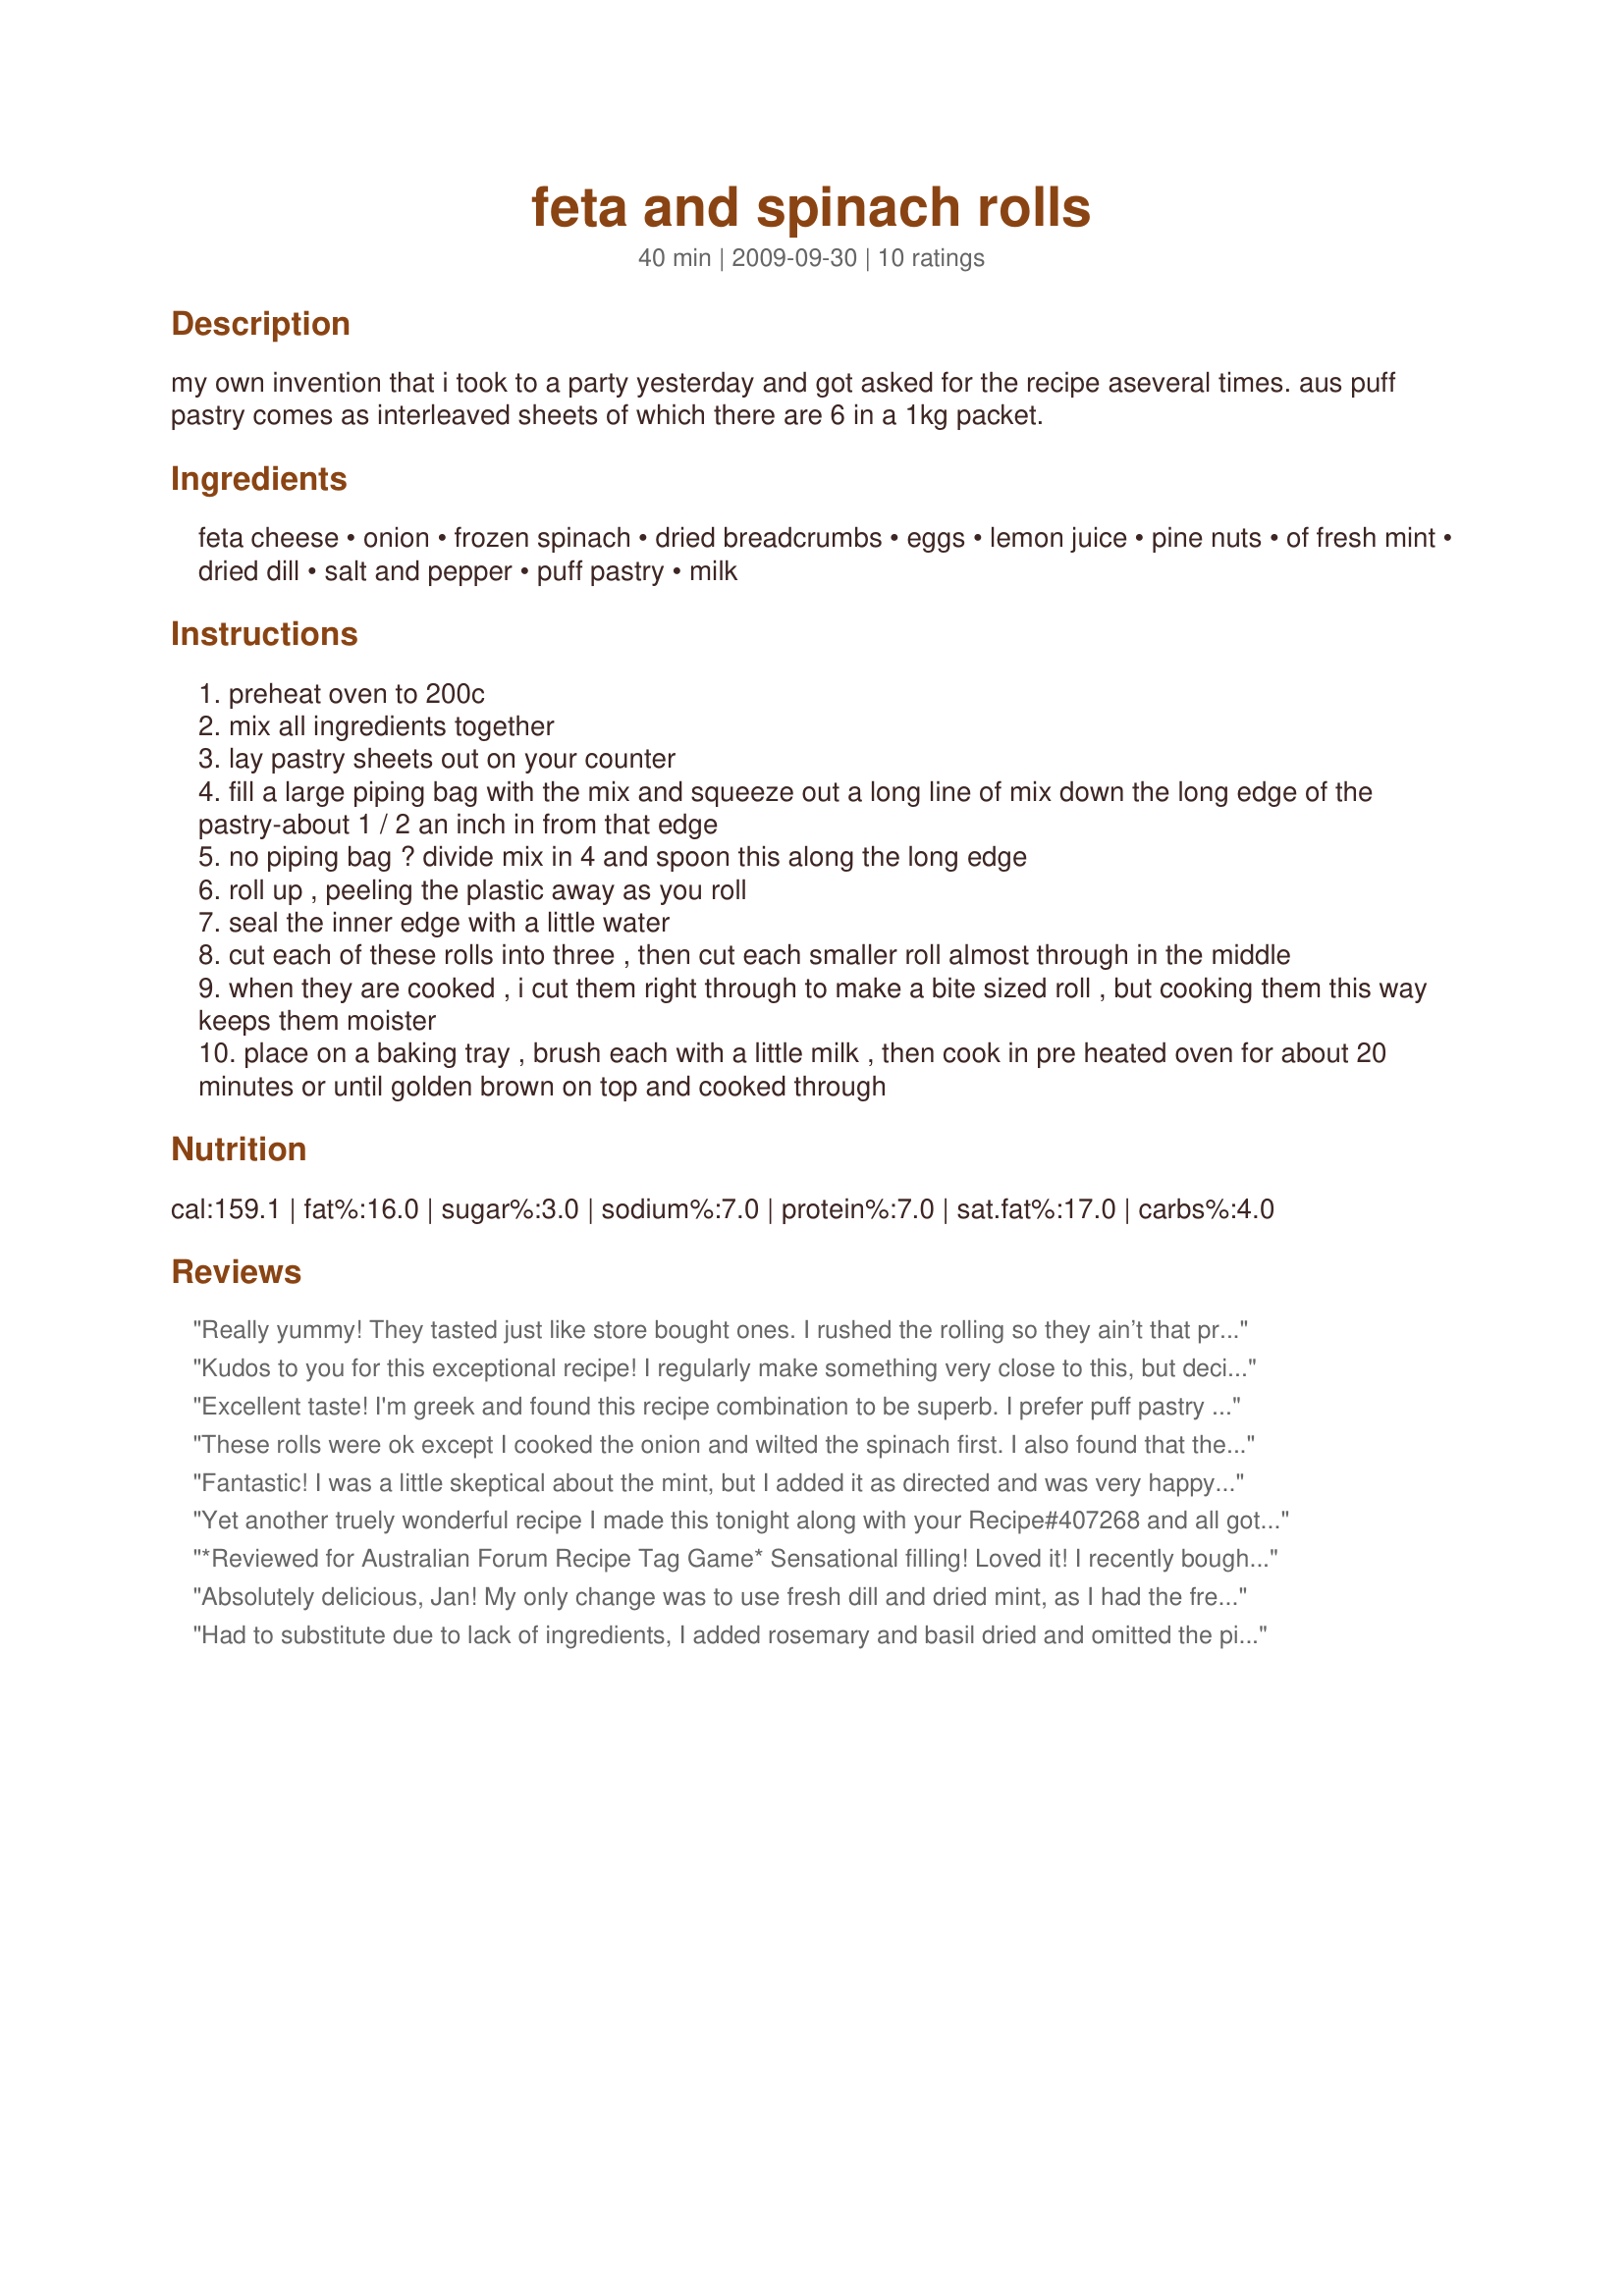
feta and spinach rolls
Preparation time: 40 minutes

my own invention that i took to a party yesterday and got asked for the recipe aseveral times. aus puff pastry comes as interleaved sheets of which there are 6 in a 1kg packet.

Ingredients:
feta cheese, onion, frozen spinach, dried breadcrumbs, eggs, lemon juice, pine nuts, of fresh mint, dried dill, salt and pepper, puff pastry, milk

Steps:
preheat oven to 200c
mix all ingredients together
lay pastry sheets out on your counter
fill a large piping bag with the mix and squeeze out a long line of mix down the long edge of the pastry-about 1 / 2 an inch in from that edge
no piping bag ? divide mix in 4 and spoon this along the long edge
roll up , peeling the plastic away as you roll
seal the inner edge with a little water
cut each of these rolls into three , then cut each smaller roll almost through in the middle
when they are cooked , i cut them right through to make a bite sized roll , but cooking them this way keeps them moister
place on a baking tray , brush each with a little milk , then cook in pre heated oven for about 20 minutes or until golden brown on top and cooked through

Reviews:
Really yummy! They tasted just like store bought ones. I rushed the rolling so they ain’t that pretty but boy oh boy, they went down a treat!
Kudos to you for this exceptional recipe! I regularly make something very close to this, but decided to try your version and loved it. Thanks for sharing the recipe.
Excellent taste! I'm greek and found this recipe combination to be superb. I prefer puff pastry over filo pastry for this type of dish. Not only is it easier to work with but I find it gives a better texture with a savouy pie like this. Were we live the puff pastry comes in a block partially divided in two and need to be rolled out. I rolled the 2 section out to a 1/4 thickness and spooned the mixture onto the edge of the rectangle. Rather then making it round I spread out the mixture from the edge of the pastry by about 2 inches and about 3/4 of an inch high. It's a bit akward to roll like this but if you use parchment paper when rolling out the pastry you can use the paper to help lift and roll. <br/><br/>I used italian mixuture fine bread crumbs and reduced it to 2/3 cup. I grated the onion and found this to have a better texture and no worries of any uncooked pieces. I also used a beaten egg wash for the top of the roll before putting in the oven. Otherwise I did exactly as the recipe called for and found it was very flavourfull.
These rolls were ok except I cooked the onion and wilted the spinach first. I also found that the oven should be 220 degrees, not 200. And then they were great!!!
Fantastic! I was a little skeptical about the mint, but I added it as directed and was very happy that I did. Will frequently impress guests with this one!
Yet another truely wonderful recipe I made this tonight along with your Recipe#407268 and all got an awesome review. I had several people who love spinach and feta rolls say this comes up there with some of the best they have ever tried. I have to agree the filling was delicious and I loved the addition of pine nuts and mint. Having never made spinach and feta rolls before I do not know whether this is the norm but I loved the taste it brought, that and I love pine nuts, so did my guests.. Yet another one I was hoping to have leftovers with and I was only left with 4 rolls. I had been greedy and kept some back to ensure this but then I looked over and they were all gone, so I had to get more from my secret stash. :( Super recipe Jan thanks for sharing
*Reviewed for Australian Forum Recipe Tag Game* Sensational filling! Loved it! I recently bought some very expensive frozen gluten-free puff pastry and so happy to find this recipe to try it out on. Well....the pastry was OK for gluten-free ....but the filling was totally delicious. Thankyou Jan. A definite make again recipe for us. Photo also being posted :) Editting to add...I have no idea why but the feta cheese from the deli in the supermarket was far, far cheaper than the packaged cheeses in the fridges
Absolutely delicious, Jan! My only change was to use fresh dill and dried mint, as I had the fresh dill, but couldn't get fresh mint! I had one hot earlier, and just tried another one cold. They were delicious both ways! I'm taking some of the leftovers for my lunch tomorrow! Thanks for sharing! [Made for Aus/NZ Recipe Swap]
Had to substitute due to lack of ingredients, I added rosemary and basil dried and omitted the pine nuts and parsley. Awesome recipie.
